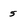
Character: 5